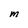
Character: M